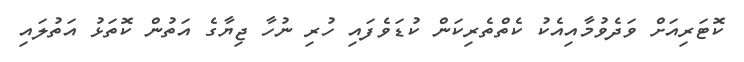
ކޮޓަރިއަށް ވަދެވުމާއިއެކު ކެތްތެރިކަން ކުޑަވެފައި ހުރި ނުހާ ޖިޔާގެ އަތުން ކޮތަޅު އަތުލައި